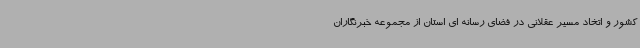
کشور و اتخاد مسیر عقلانی در فضای رسانه ای استان از مجموعه خبرنگاران